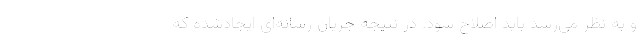
و به نظر می‌رسد باید اصلاح شود. در نتیجه جریان رسانه‌ای ایجادشده که